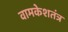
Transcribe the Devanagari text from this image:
वामकेशतंत्र